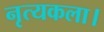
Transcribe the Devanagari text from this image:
नृत्‍यकला।